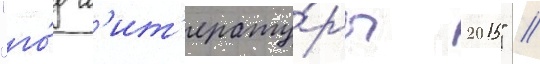
"го́д л'ит'ерату́ры 2015" //